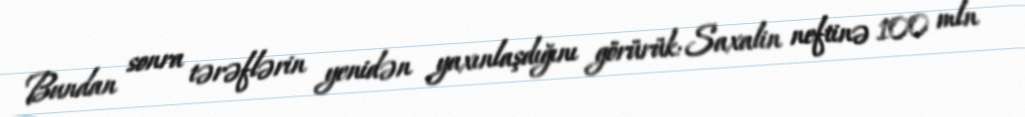
Bundan sonra tərəflərin yenidən yaxınlaşdığını görürük: Saxalin neftinə 100 mln